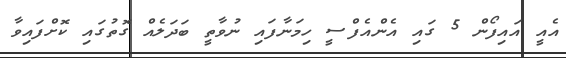
އެއީ އައިފޯން 5 ގައި އެންއެފްސީ ހިމަނާފައި ނުވާތީ ބަދަލެއް ގޮތުގައި ކޮށްފައިވާ